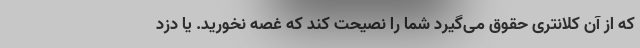
که از آن کلانتری حقوق می‌گیرد شما را نصیحت کند که غصه نخورید. یا دزد